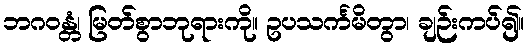
ဘဂဝန္တံ၊ မြတ်စွာဘုရားကို။ ဥပသင်္ကမိတွာ၊ ချဉ်းကပ်၍။